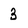
Character: 3